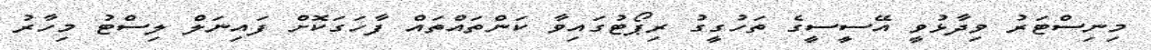
މިނިސްޓަރު ވިދާޅުވީ އޭސީސީގެ ތަހުގީގު ރިޕޯޓުގައިވާ ކަންތައްތައް ފާހަގަކޮށް ފައިނަލް ލިސްޓު މިހާރު